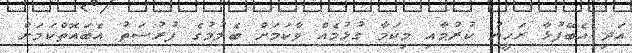
އަދި އެބޭފުޅާ ރަހީނު ކުރުމާއި މިކަމާ ގުޅުމެއް ވާކަމަށް ބެލުމުގެ ފުރުސަތު އެބައޮތްކަމަށް